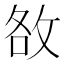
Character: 敋